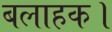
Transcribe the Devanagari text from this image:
बलाहक।